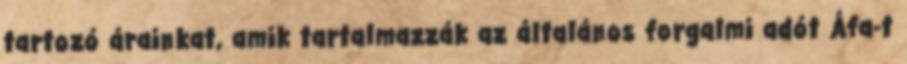
tartozó árainkat, amik tartalmazzák az általános forgalmi adót Áfa-t